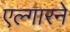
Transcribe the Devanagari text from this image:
एल्गारने